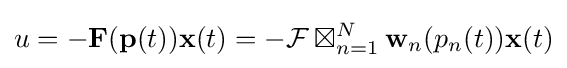
u=-\mathbf {F} (\mathbf {p} (t))\mathbf {x} (t)=-{\mathcal {F}}\boxtimes _{n=1}^{N}\mathbf {w} _{n}(p_{n}(t))\mathbf {x} (t)